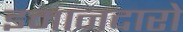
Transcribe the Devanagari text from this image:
इमानदारो